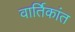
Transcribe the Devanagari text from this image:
वार्तिकांत